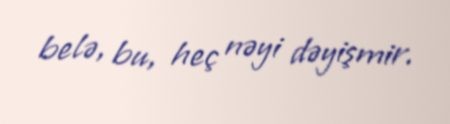
belə, bu, heç nəyi dəyişmir.